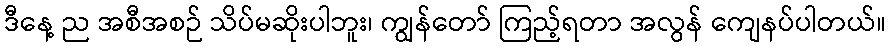
ဒီနေ့ ည အစီအစဉ် သိပ်မဆိုးပါဘူး၊ ကျွန်တော် ကြည့်ရတာ အလွန် ကျေနပ်ပါတယ်။